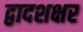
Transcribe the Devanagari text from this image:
द्वादशक्षर